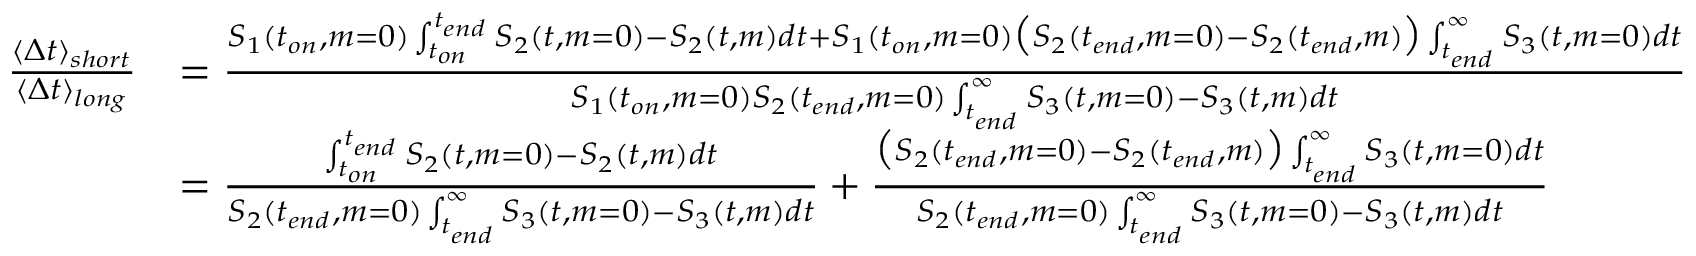
\begin{array} { r l } { \frac { \langle \Delta t \rangle _ { s h o r t } } { \langle \Delta t \rangle _ { l o n g } } } & { = \frac { S _ { 1 } ( t _ { o n } , m = 0 ) \int _ { t _ { o n } } ^ { t _ { e n d } } S _ { 2 } ( t , m = 0 ) - S _ { 2 } ( t , m ) d t + S _ { 1 } ( t _ { o n } , m = 0 ) \big ( S _ { 2 } ( t _ { e n d } , m = 0 ) - S _ { 2 } ( t _ { e n d } , m ) \big ) \int _ { t _ { e n d } } ^ { \infty } S _ { 3 } ( t , m = 0 ) d t } { S _ { 1 } ( t _ { o n } , m = 0 ) S _ { 2 } ( t _ { e n d } , m = 0 ) \int _ { t _ { e n d } } ^ { \infty } S _ { 3 } ( t , m = 0 ) - S _ { 3 } ( t , m ) d t } } \\ & { = \frac { \int _ { t _ { o n } } ^ { t _ { e n d } } S _ { 2 } ( t , m = 0 ) - S _ { 2 } ( t , m ) d t } { S _ { 2 } ( t _ { e n d } , m = 0 ) \int _ { t _ { e n d } } ^ { \infty } S _ { 3 } ( t , m = 0 ) - S _ { 3 } ( t , m ) d t } + \frac { \big ( S _ { 2 } ( t _ { e n d } , m = 0 ) - S _ { 2 } ( t _ { e n d } , m ) \big ) \int _ { t _ { e n d } } ^ { \infty } S _ { 3 } ( t , m = 0 ) d t } { S _ { 2 } ( t _ { e n d } , m = 0 ) \int _ { t _ { e n d } } ^ { \infty } S _ { 3 } ( t , m = 0 ) - S _ { 3 } ( t , m ) d t } } \end{array}